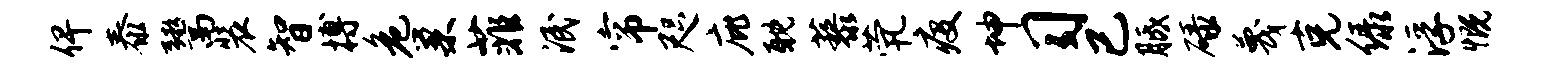
俾泰鬻装智搏危巢菲泯帘咫庇耽藜茕疫坤习已胝碌蔑克绿浮慨